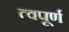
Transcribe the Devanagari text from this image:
त्वपूर्ण